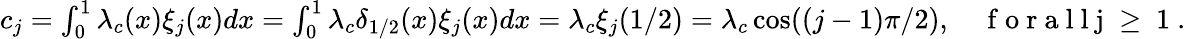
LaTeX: \begin{array}{r}{c_{j}=\int_{0}^{1}\lambda_{c}(x)\xi_{j}(x)dx=\int_{0}^{1}\lambda_{c}\delta_{1/2}(x)\xi_{j}(x)dx=\lambda_{c}\xi_{j}(1/2)=\lambda_{c}\cos((j-1)\pi/2),\quad\mathrm{~f~o~r~a~l~l~j~\geq~1~}.}\end{array}